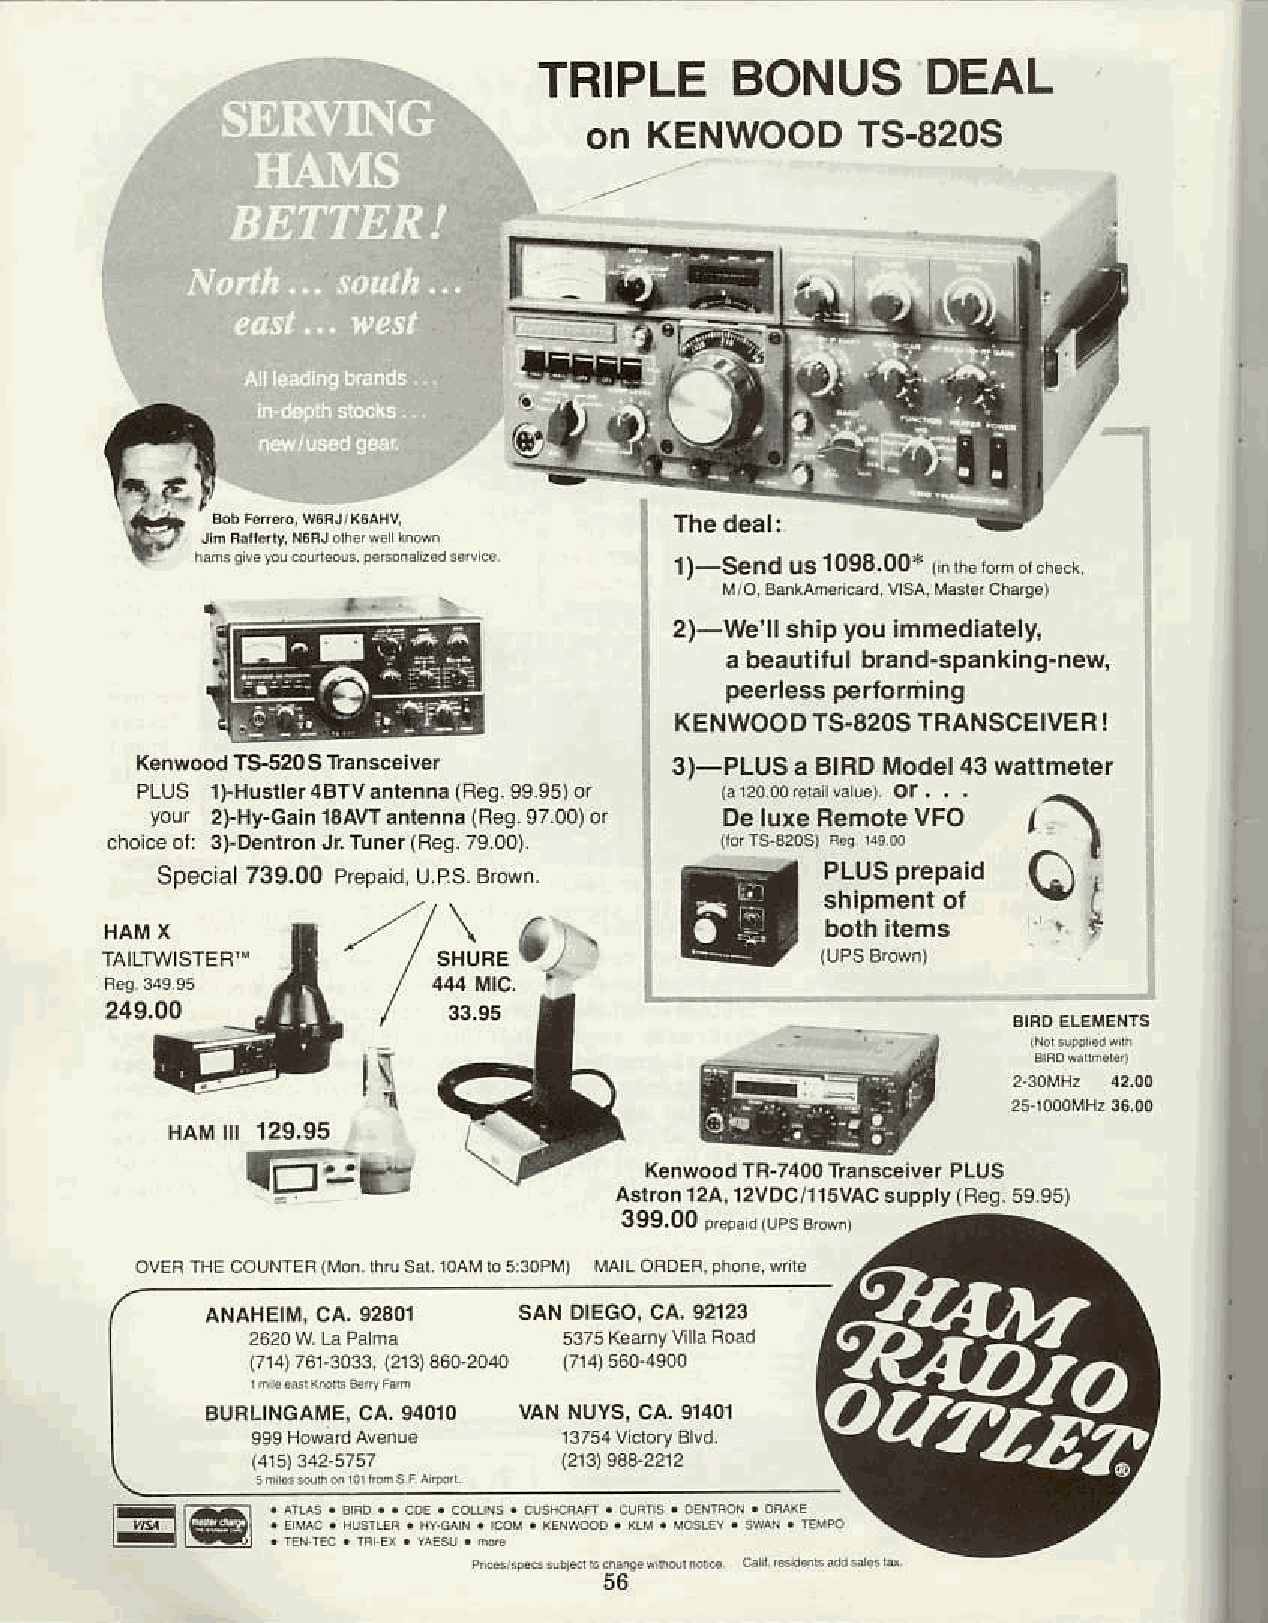
TRIPLEB        ONUSD        EAL
 on  KENWOODTS         -820S
 trf-
 I)-Send us l098o ot ^s"b..d$-r
 2)-we'll shipy oui mmediately,
 a beautilulb rand-spankinq-new,
 peerlsssp erlorhing
 KENWOOTDS   .82OTSF ANSCEIVE!R
 KensoodT 952()S Transcciver         3)-PLUSaB  IRDM odel43
 PLUS llHusrrer4Brv.ntennalReegs ss)0,
 your 2)-Hy-Ga1in0 A!rranknnlsR ess 700)or Del ure Remorev Fo
 a
 choc eo r 3l-DenrenJiruner(Fes7 s00)
 Speca 739.00 Preparud PS BrDwn. .
 J".r
 249.OO
 t \
 HAM| || 129,95
 l-.a-ts
 KensoodT n-740T0r ansceiver
 aston 124,l2 VOCnlsVAsCu pPry
 17i4176a30313f3 166+r01d